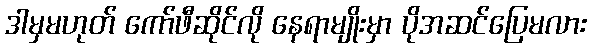
ဒါမှမဟုတ် ကော်ဖီဆိုင်လို နေရာမျိုးမှာ ပိုအဆင်ပြေမလား